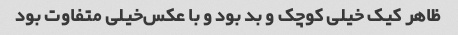
ظاهر کیک خیلی کوچک و بد بود و با عکس‌خیلی متفاوت بود